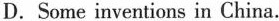
D. Some inventions in China.